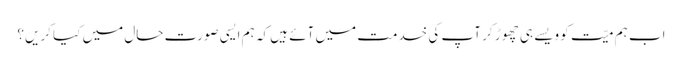
اب ہم میّت کو ویسے ہی چھوڑ کر آپ کی خدمت میں آئے ہیں کہ ہم ایسی صورتِ حال میں کیا کریں؟